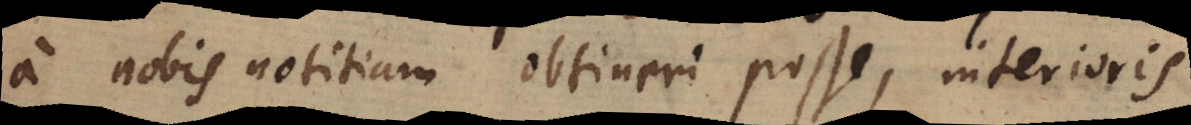
a nobis notitiam obtineri posse, interioris